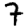
Digit: 7